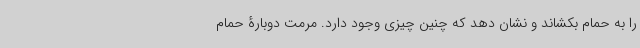
را به حمام بکشاند و نشان دهد که چنین چیزی وجود دارد. مرمت دوبارۀ حمام